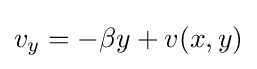
v_{y}=-\beta y+v(x,y)